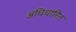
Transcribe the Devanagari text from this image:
अधिधारित